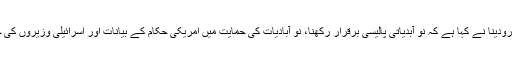
آفیشیل فلسطینی نیوز ایجنسی نے ایک بیان میں کہا ہے کہ فلسطینی صدر کے ترجمان نبی ابو رودینا نے کہا ہے کہ نو آبدیاتی پالیسی برقرار رکھنا، نو آبادیات کی حمایت میں امریکی حکام کے بیانات اور اسرائیلی وزیروں کی جانب سے اشتعال انگیزی نے خطہ میں امریکی کرداراور دو ملکی حل کے خاتمہ کر دیا ہے۔